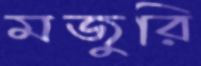
মজুরি